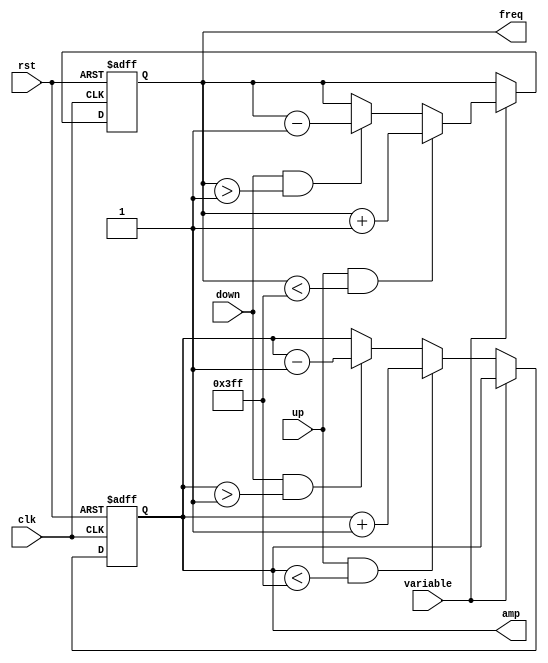
module controller(clk, rst, variable, down, up, amp, freq);

input clk, rst, variable, down, up;
output reg [9:0] amp, freq;

always @(posedge clk or posedge rst)
	begin
		if (rst)
			begin
				freq = 'b0000110100;
				amp  = 'b1111111111;
			end
		else if (variable)
			begin
				if (up & freq < 'b1111111111) freq = freq + 1;
				else if (down & freq > 'b0000000001) freq = freq - 1;
			end
		else
			begin
				if (up & amp < 'b1111111111) amp = amp + 1;
				else if (down & amp > 'b0000000001) amp = amp - 1;
			end
	end
	
endmodule